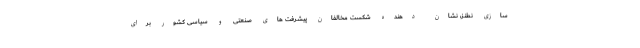
سازی نطنز، نشان دهنده شکست مخالفان پیشرفت های صنعتی و سیاسی کشور برای